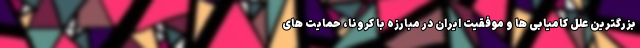
بزرگترین علل کامیابی ها و موفقیت ایران در مبارزه با کرونا، حمایت های